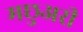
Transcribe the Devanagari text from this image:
मछुअरी